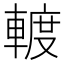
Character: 𨍏